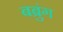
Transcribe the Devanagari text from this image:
बब्रुंग